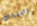
العقبات